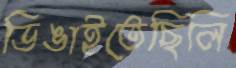
ডিঙাইতেছিলি